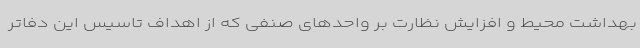
بهداشت محیط و افزایش نظارت بر واحدهای صنفی که از اهداف تاسیس این دفاتر